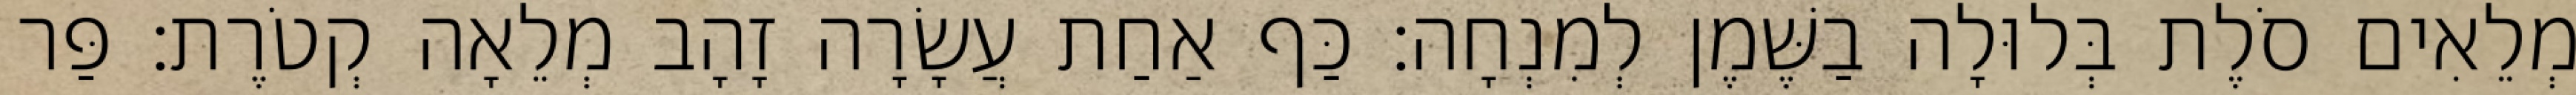
מְלֵאִים סֹלֶת בְּלוּלָה בַשֶּׁמֶן לְמִנְחָה׃ כַּף אַחַת עֲשָׂרָה זָהָב מְלֵאָה קְטֹרֶת׃ פַּר